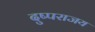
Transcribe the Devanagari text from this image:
दुष्पराजय